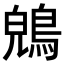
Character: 𪁤